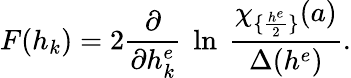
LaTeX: F(h_{k})=2{\frac{\partial}{\partial h_{k}^{e}}}~\ln\ {\frac{\chi_{\{ {\frac{h^{e}}{2}}\} }(a)}{\Delta(h^{e})}}.